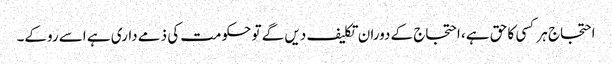
احتجاج ہر کسی کا حق ہے، احتجاج کے دوران تکلیف دیں گے تو حکومت کی ذمے داری ہے اسے روکے۔